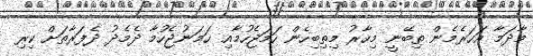
މާދަމާ އަހަރެމެން ތިބޭނީ މިހާރު މިތިބިހެން ހަމަޖެހުމާއި ހަމަނުޖެހުމާ ދެމެދު ދެފަރާތަށް ކިރި